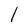
Character: l